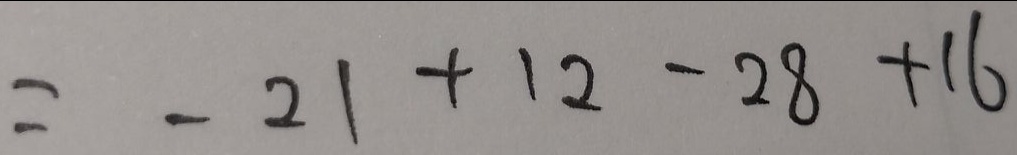
= - 2 1 + 1 2 - 2 8 + 1 6